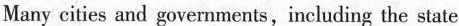
Many cities and governments, including the state